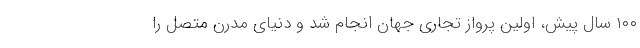
۱۰۰ سال پیش، اولین پرواز تجاری جهان انجام شد و دنیای مدرن متصل را